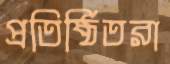
প্রতিষ্ঠিতরা